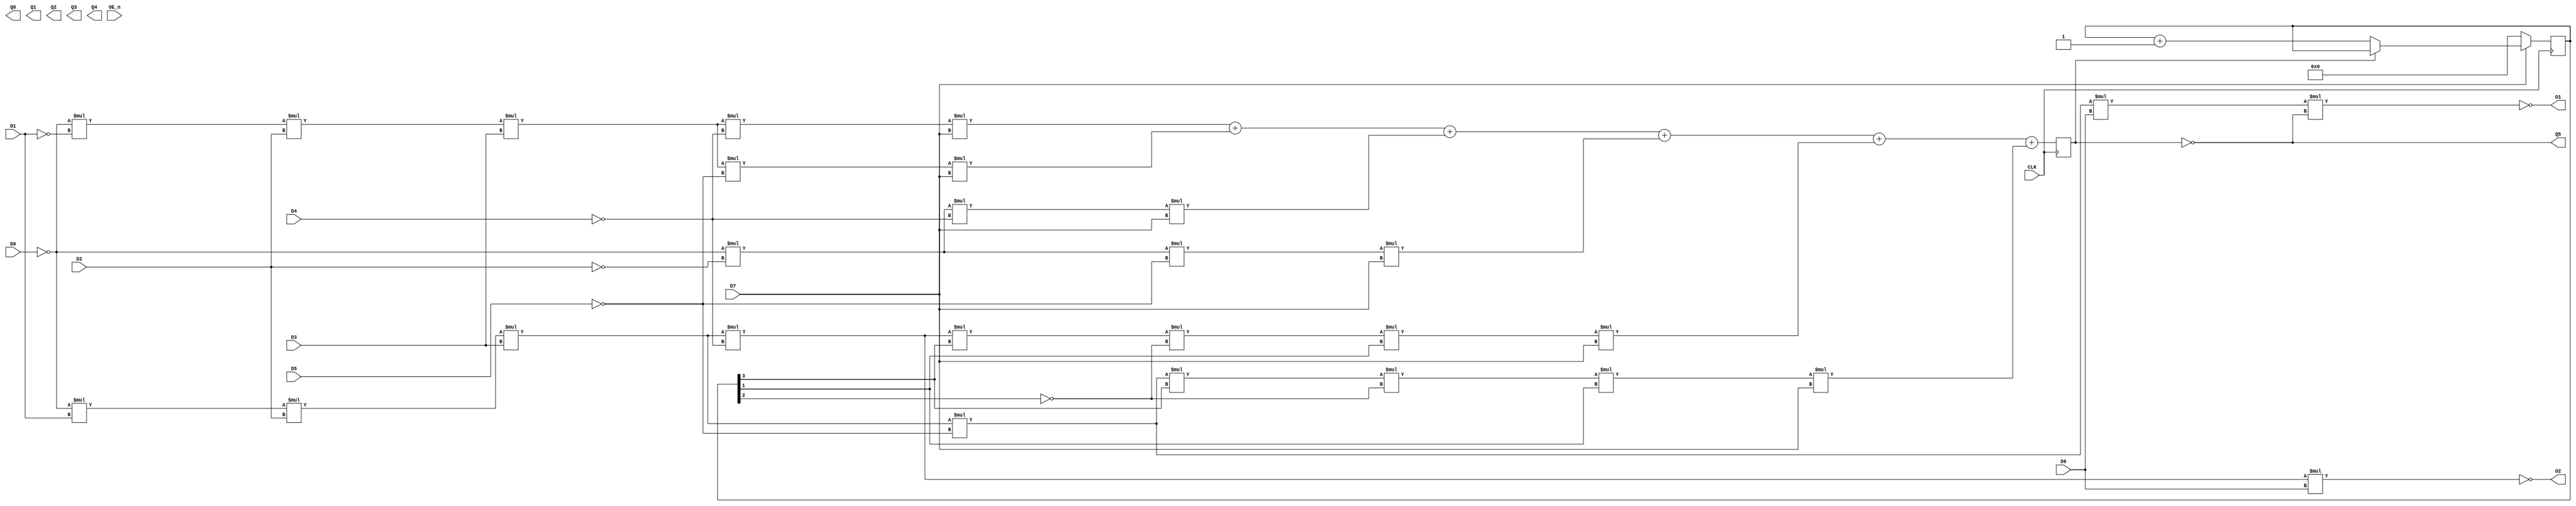
// PAL16R6              u415            PAL DESIGN SPECIFICATIN
// 120 CPU BOARD                        KB 06/12/84
// I/O ACKNOWLEDGE AND TOD RD/WR CONTROL SIGNAL GENERATOR
// SUN MICROSYSTEMS

module pal16R4_u415 (input D0,
		   input D1,
		   input D2,
		   input D3,
		   input D4,
		   input D5,
		   input D6,
		   input D7,
		   output Q0,
		   output Q1,
		   output Q2,
		   output Q3,
		   output Q4,
		   output Q5,
		   output O1,
		   output O2,
		   input CLK,
		   input OE_n);

   // /CLK100 MA14 MA13 MA12 MA11 /RDIO /WRIO CS7 CS5 GND
   wire CLK100, MA14, MA13, MA12, MA11, RDIO, WRIO, CS7, CS5;
   
   assign CLK100 = ~CLK;
   assign MA14 = D0;
   assign MA13 = D1;
   assign MA12 = D2;
   assign MA11 = D3;
   assign RDIO = ~D4;
   assign WRIO = ~D5;
   assign CS7 = D6;
   assign CS5 = D7;
   
   // GND /RDRTC /IOACK NC IQ0 IQ1 IQ2 IQ3 /WRRTC VCC
   wire	RDRTC, WRRTC;
   
//   reg IOACK = 0, IQ0 = 0, IQ1 = 0, IQ2 = 0, IQ3 = 0;
   reg 	IOACK = 0;
   wire IQ0, IQ1, IQ2, IQ3;
   
   assign O1 = ~WRRTC;
   assign O2 = ~RDRTC;
   assign Q5 = ~IOACK;
   
   assign RDRTC = ~MA14 * MA13 * MA12 * MA11 * RDIO * CS7;  //58167 read strobe
   
   assign WRRTC = ~MA14 * MA13 * MA12 * MA11 * WRIO *      //58167 write strobe
                                        CS7 * ~IOACK;      //which goes inactive
                                                           //when IOACK active

   reg [3:0] count = 0;

   assign IQ0 = count[0];
   assign IQ1 = count[1];
   assign IQ2 = count[2];
   assign IQ3 = count[3];
   
   always @(posedge CLK100)
     begin							    
        //RD / WR ACK for the Parallel Port ( 2 wait states )
        IOACK <= ~MA14 * ~MA13 * MA12 * MA11 * RDIO * CS5 +
                 ~MA14 * ~MA13 * MA12 * MA11 * WRIO * CS5 +
                 //RD / WR ACK for PROM, SCC, Timer ( 2 wait states )
                 ~MA14 * ~MA12 * RDIO * CS5 +
                 ~MA14 * ~MA12 * WRIO * CS5 +
                 //RD /WR ACK for 58167 when the counter is equal to 10 or 11
                 // ( 12 wait states )
                 ~MA14 * MA13 * MA12 * MA11 * RDIO * IQ3 * ~IQ2 * IQ1 * CS5 +
                 ~MA14 * MA13 * MA12 * MA11 * WRIO * IQ3 * ~IQ2 * IQ1 * CS5;

	if (~CS5)
	  count <= 0;
	else
	  if (~IOACK)
	    count <= count + 4'b0001;

`ifdef xx	
        IQ0 <= ~(~CS5 +                                   // reset
		 CS5 *  IQ0 * ~IOACK +                    // toggle
		 CS5 * ~IQ0 *  IOACK);                    // hold at eleven

        IQ1 <= ~(~CS5 +                                   // reset
		 CS5 * ~IQ1 * ~IQ0 +                      // hold
		 CS5 *  IQ1 *  IQ0 * ~IOACK +             // toggle
		 CS5 * ~IQ1 *  IOACK);                    // hold at eleven

        IQ2 <= ~(~CS5 +                                   // reset
		 CS5 * ~IQ2 * ~IQ0 +                      // hold
		 CS5 * ~IQ2 * ~IQ1 +                      // hold
		 CS5 *  IQ2 *  IQ1 *  IQ0 * ~IOACK +      // toggle
		 CS5 * ~IQ2 *  IOACK);                    // hold at eleven

        IQ3 <= ~(~CS5 +                                   // reset
		 CS5 * ~IQ3 * ~IQ0 +                      // hold
		 CS5 * ~IQ3 * ~IQ1 +                      // hold
		 CS5 * ~IQ3 * ~IQ2 +                      // hold
		 CS5 *  IQ3 *  IQ2 * IQ1 * IQ0 * ~IOACK + // toggle
		 CS5 * ~IQ3 *  IOACK);                    // hold at eleven
`endif
     end
   
endmodule